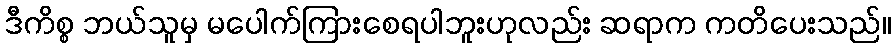
ဒီကိစ္စ ဘယ်သူမှ မပေါက်ကြားစေရပါဘူးဟုလည်း ဆရာက ကတိပေးသည်။